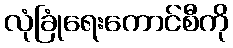
လုံခြုံရေးကောင်စီကို